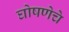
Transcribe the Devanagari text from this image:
घोषणेचे